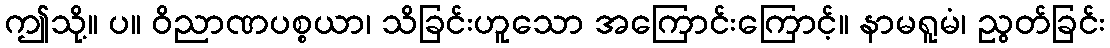
ဤသို့။ ပ။ ဝိညာဏပစ္စယာ၊ သိခြင်းဟူသော အကြောင်းကြောင့်။ နာမရူမံ၊ ညွတ်ခြင်း